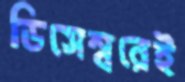
ডিসেম্বরেই